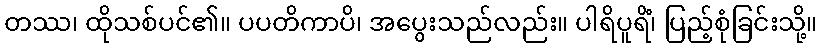
တဿ၊ ထိုသစ်ပင်၏။ ပပတိကာပိ၊ အပွေးသည်လည်း။ ပါရိပူရိံ၊ ပြည့်စုံခြင်းသို့။